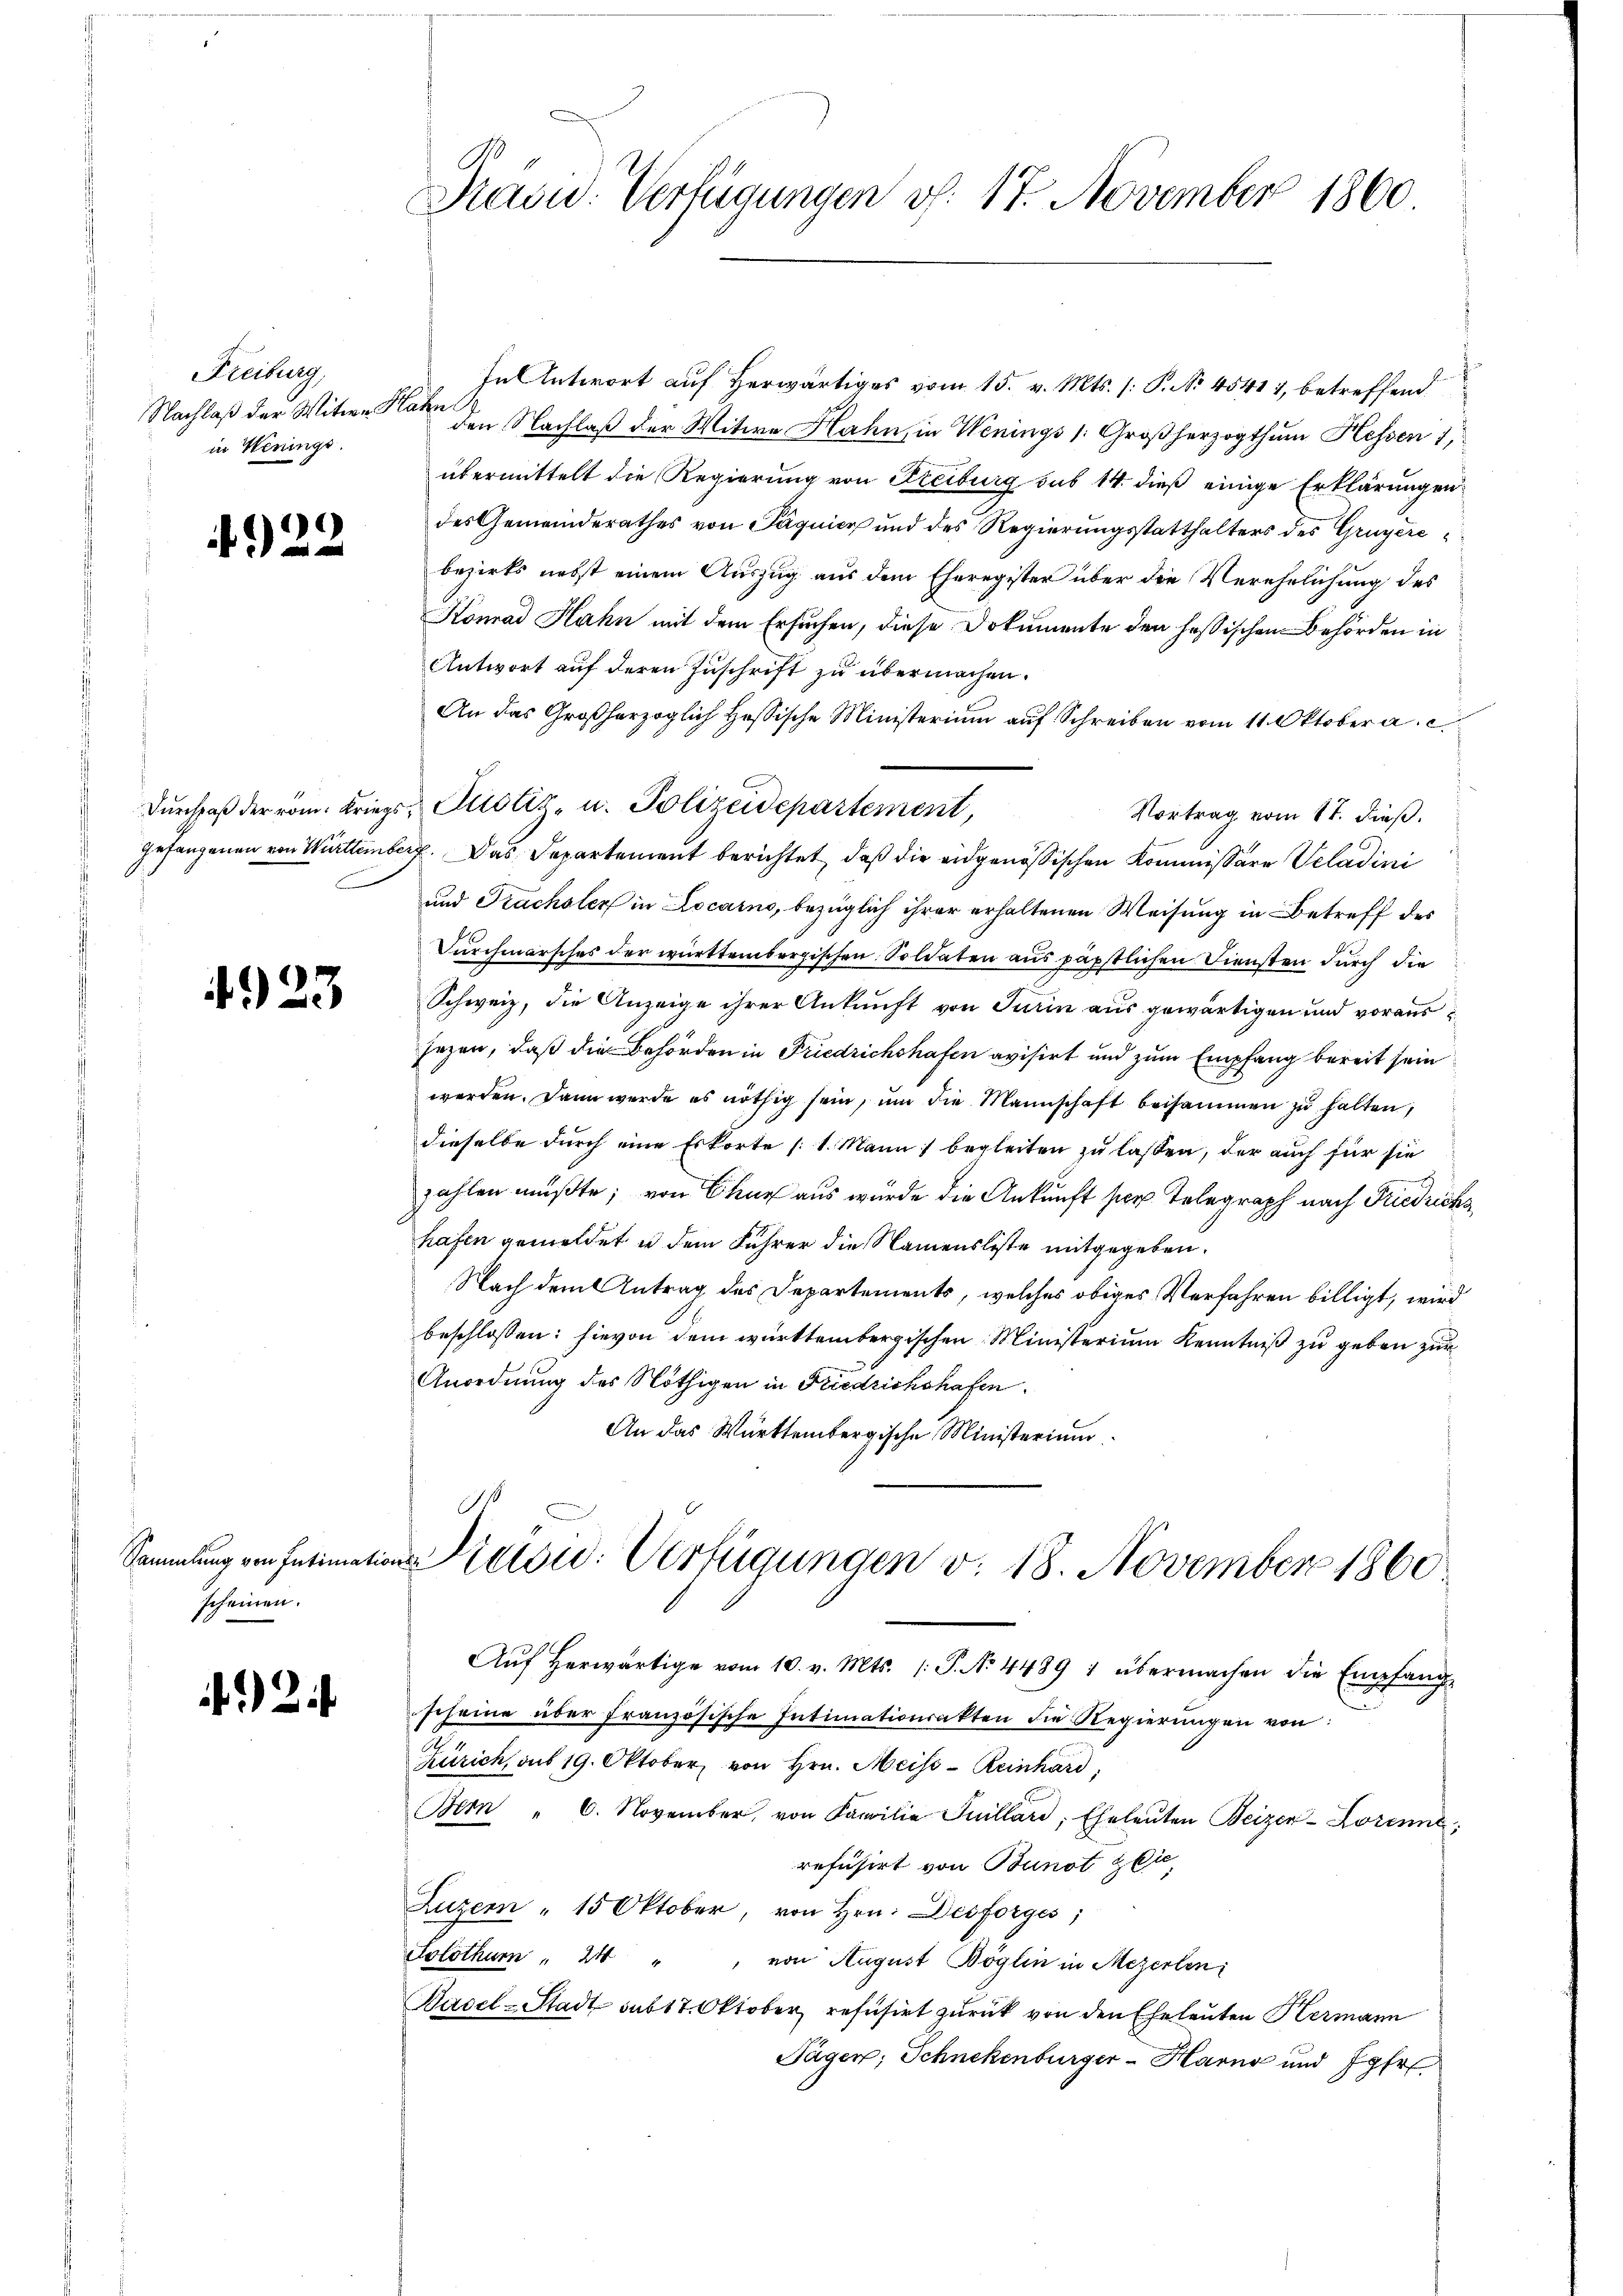
Freiburg,
in Herings.

4922

4923

scheinen.

2

.
Präsid. Verfügungen v. 17. November 1860.

In Antwort auf herwärtiges vom 15. v. Mts. (: P. Nr. 45411, betreffend
Nachlaß der Witwe an den Nachlaß der Witwe Hahn, in Wenings Großherzogthum Hessen 1,
übermittelt die Regierung von Freiburg sub 14. dieß einige Erklärungen
des Gemeinderathes von Päquier und des Regierungsstatthalters des Gruyèrebezirks nebst einem Auszug aus dem Eheregister über die Verehelichung des
Konrad Hahn mit dem Ersuchen, diese Dokumente den hessischen Behörden in
Antwort auf deren Zuschrift zu übermachen.
An das Großherzoglich Hessische Ministerium auf Schreiben vom 11. Oktober a.
Dŭrchpaβ der vom Kriegs, Justiz- u. Polizeidepartement,
Vortrag vom 17. dieß.
gefangenen von Württemberg. Das Departement berichtet, daß die eidgenössischen Kommissäre Veladini
und Trachsler in Locarno, bezüglich ihrer erhaltenen Weisung in Betreff des
Durchmarsches der württembergischen Soldaten aus päpstlichen Diensten durch die
Schweiz, die Anzeige ihrer Ankunft von Turin aus gewärtigen und voraussezen, daß die Behörden in Friedrichshafen avisirt und zum Empfang bereit sein
werden. Dann werde es nöthig sein, ŭm die Mannschaft beisammen zŭ halten,
dieselbe durch eine Erkorte (1. Mann begleiten zu lassen, der auch für sie
zahlen müßte; von Chur aus wurde die Ankunft per Telegraph nach Friedrichs
hafen gemeldet u dem Führer die Namensliste mitgegeben.
Nach dem Antrag des Departements, welches obiges Verfahren billigt, wird
beschlossen: hievon dem württembergischen Ministerium Kenntniß zu geben zur
Anordnung des Nöthigen in Friedrichshafen.
An das Württembergische Ministerium
.
Sammlung von Intimation etsic: Verfügungen v. 18. November 1860
Aŭf herwärtige vom 10. v. Mts. /: P. No 44891 übermachen die Empfang
scheine über französische Intimationsakten die Regierungen von:
Zürich, aus 19. Oktober von Hrn. Meiss - Reinhard,
Bem 6. November, von Familie Juillard, Eheleŭten Beizer-Lorenne,
refüsirt von Bunot zie
Luzern " 15 Oktober, von Hrn. Desforges,
Solothum " 24 " von August Böglin in Mezerlen;
Basel-Stadt sub 17. Oktober refusirt zurück von den Eheleuten Hermann
Tagen; Schnekenburger-Harno und Jahr